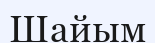
Шайым